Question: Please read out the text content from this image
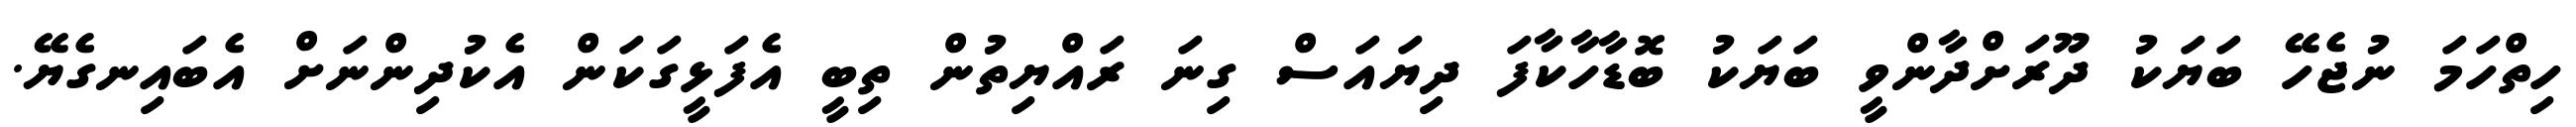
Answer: ހިތްހަމަ ނުޖެހޭ ބަޔަކު ދޫރަށްދާންވީ ބަޔަކު ބޮޑާހާކާފަ ދިޔައަސް ގިނަ ރައްޔިތުން ތިބީ އެފަޅީގަކަން އެކުދިންނަށް އެބައިނގެޔޭ.